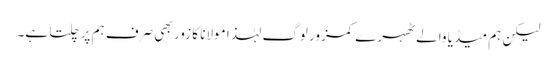
لیکن ہم میڈیا والے ٹھہرے کمزور لوگ لہٰذا مولانا کا زور بھی صرف ہم پر چلتا ہے۔